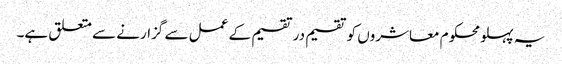
یہ پہلو محکوم معاشروں کو تقسیم در تقسیم کے عمل سے گزارنے سے متعلق ہے۔